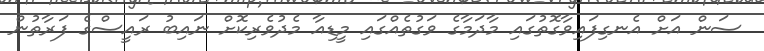
ސަން އަށް އެނގިފައިވާގޮތުގައި މާދަމާގެ ވަގުތެއްގައި މީޑިއާ މެދުވެރިކޮށް ނައިބު ރައީސްގެ ފަރާތުން